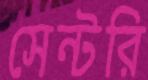
সেন্টরি